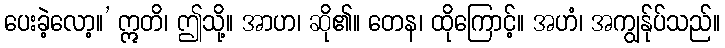
ပေးခဲ့လော့။’ ဣတိ၊ ဤသို့။ အာဟ၊ ဆို၏။ တေန၊ ထိုကြောင့်။ အဟံ၊ အကျွန်ုပ်သည်။